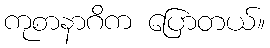
ကုစာနာဂိက ပြောတယ်။